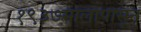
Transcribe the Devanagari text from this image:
१९३७सालापासून